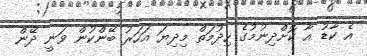
އެ ކާޑު އާ ކޮށްދިނުމުގެ ހިދުމަތް މިދިޔަ އަހަރު ބޭންކުން ވަނީ ދޭން